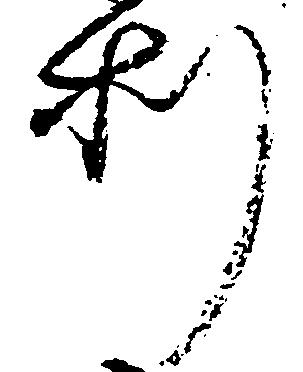
利